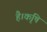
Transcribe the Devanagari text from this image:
है।कृषि